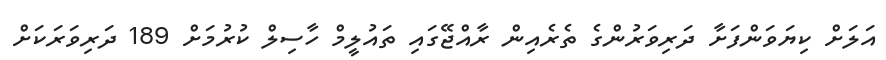
އަލަށް ކިޔަވަންފަށާ ދަރިވަރުންގެ ތެރެއިން ރާއްޖޭގައި ތައުލީމް ހާސިލް ކުރުމަށް 189 ދަރިވަރަކަށް